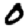
Digit: 0